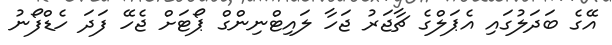
އޭގެ ބަދަލުގައި އެޕަލްގެ ޗާޖަރު ޖަހާ ލައިޓްނިންގް ޕޯޓަށް ޖެހޭ ފަދަ ހެޑްފޯނު